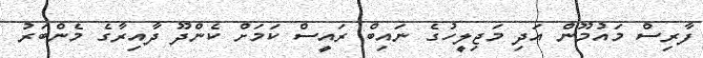
ފާރިސް މައުމޫން އަދި މަޖިލީހުގެ ނައިބް ރައީސް ކަމަށް ކެންދޫ ދާއިރާގެ މެންބަރު